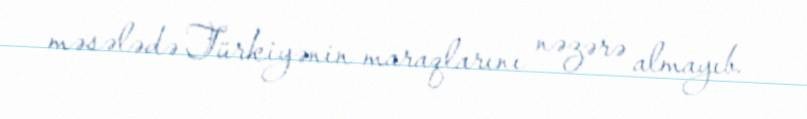
məsələdə Türkiyənin maraqlarını nəzərə almayıb.